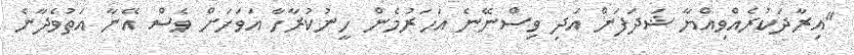
"އިރާދަކުރެއްވިއްޔާ ޝަދަފަށް އަދި ވިސްނޭނެ އަހަރުމެން ހީނުކުރާހާ އަވަހަށް ވެސް އޭނާ އަތުވެދާނެ